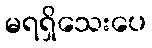
မရရှိသေးပေ